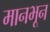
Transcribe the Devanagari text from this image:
मानभून